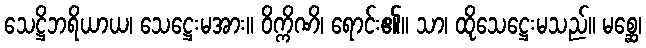
သေဋ္ဌိဘရိယာယ၊ သေဋ္ဌေးမအား။ ဝိက္ကိဏိ၊ ရောင်း၏။ သာ၊ ထိုသေဋ္ဌေးမသည်။ မစ္ဆေ၊